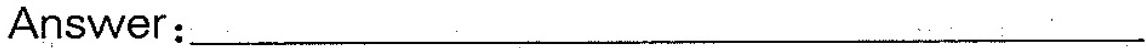
Answer:___